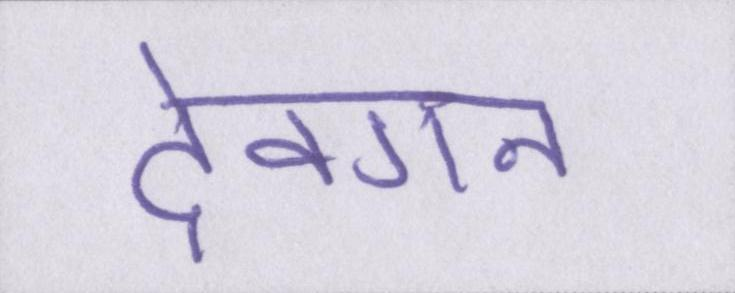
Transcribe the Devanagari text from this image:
देवगन